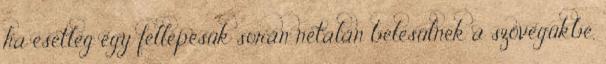
ha esetleg egy fellépésük során netalán belesülnek a szövegükbe,